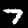
Digit: 7